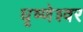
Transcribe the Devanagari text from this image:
घृष्‍णेश्‍वर